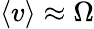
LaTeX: \left\langle v\right\rangle\approx\Omega